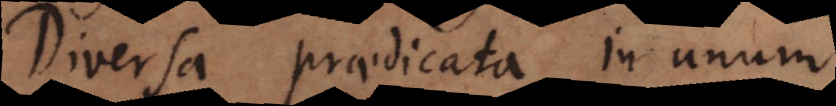
Diversa praedicata in unum